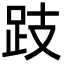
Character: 跂